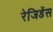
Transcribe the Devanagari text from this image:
रेजिडेंस